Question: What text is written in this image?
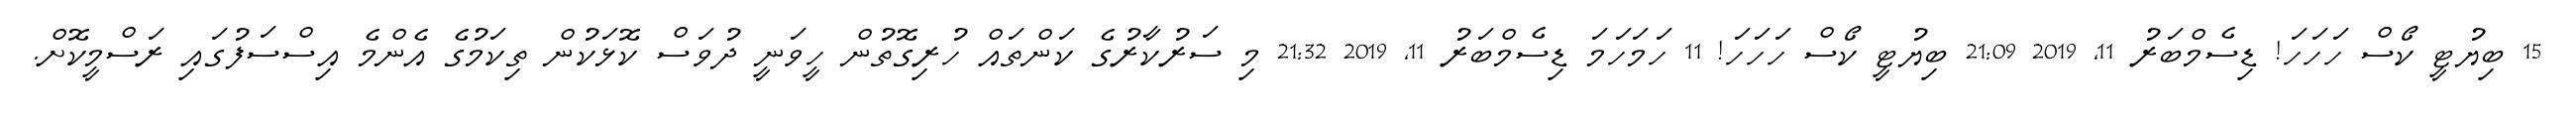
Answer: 15 ބިޔުޓީ ކޯސް ހަހަހަ! ޑިސެމްބަރު 11, 2019 21:09 ބިޔުޓީ ކޯސް ހަހަހަ! 11 ހަމަހަމަ ޑިސެމްބަރު 11, 2019 21:32 މި ސަރުކާރުގެ ކަންތައް ހުރިގޮތުން ހީވަނީ ދުވަސް ކޮޅަކުން ތިކަމުގެ އެންމެ އިސްސަފުގައި ރަސްމީކޮށް.